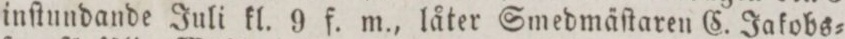
inſtundande Juli kl. 9 f. m., låter Smedmäſtaren C. Jakobs=